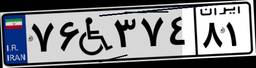
۷۶W۳۷۴۸۱